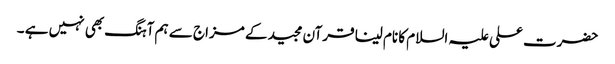
حضرت علی علیہ السلام کا نام لینا قرآن مجید کے مزاج سے ہم آہنگ بھی نہیں ہے ۔